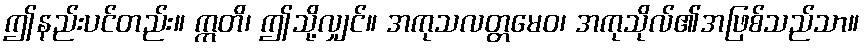
ဤနည်းပင်တည်း။ ဣတိ၊ ဤသို့လျှင်။ အကုသလတ္တမေဝ၊ အကုသိုလ်၏အဖြစ်သည်သာ။